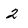
Character: 2